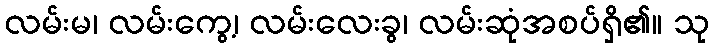
လမ်းမ၊ လမ်းကွေ့၊ လမ်းလေးခွ၊ လမ်းဆုံအစပ်ရှိ၏။ သု